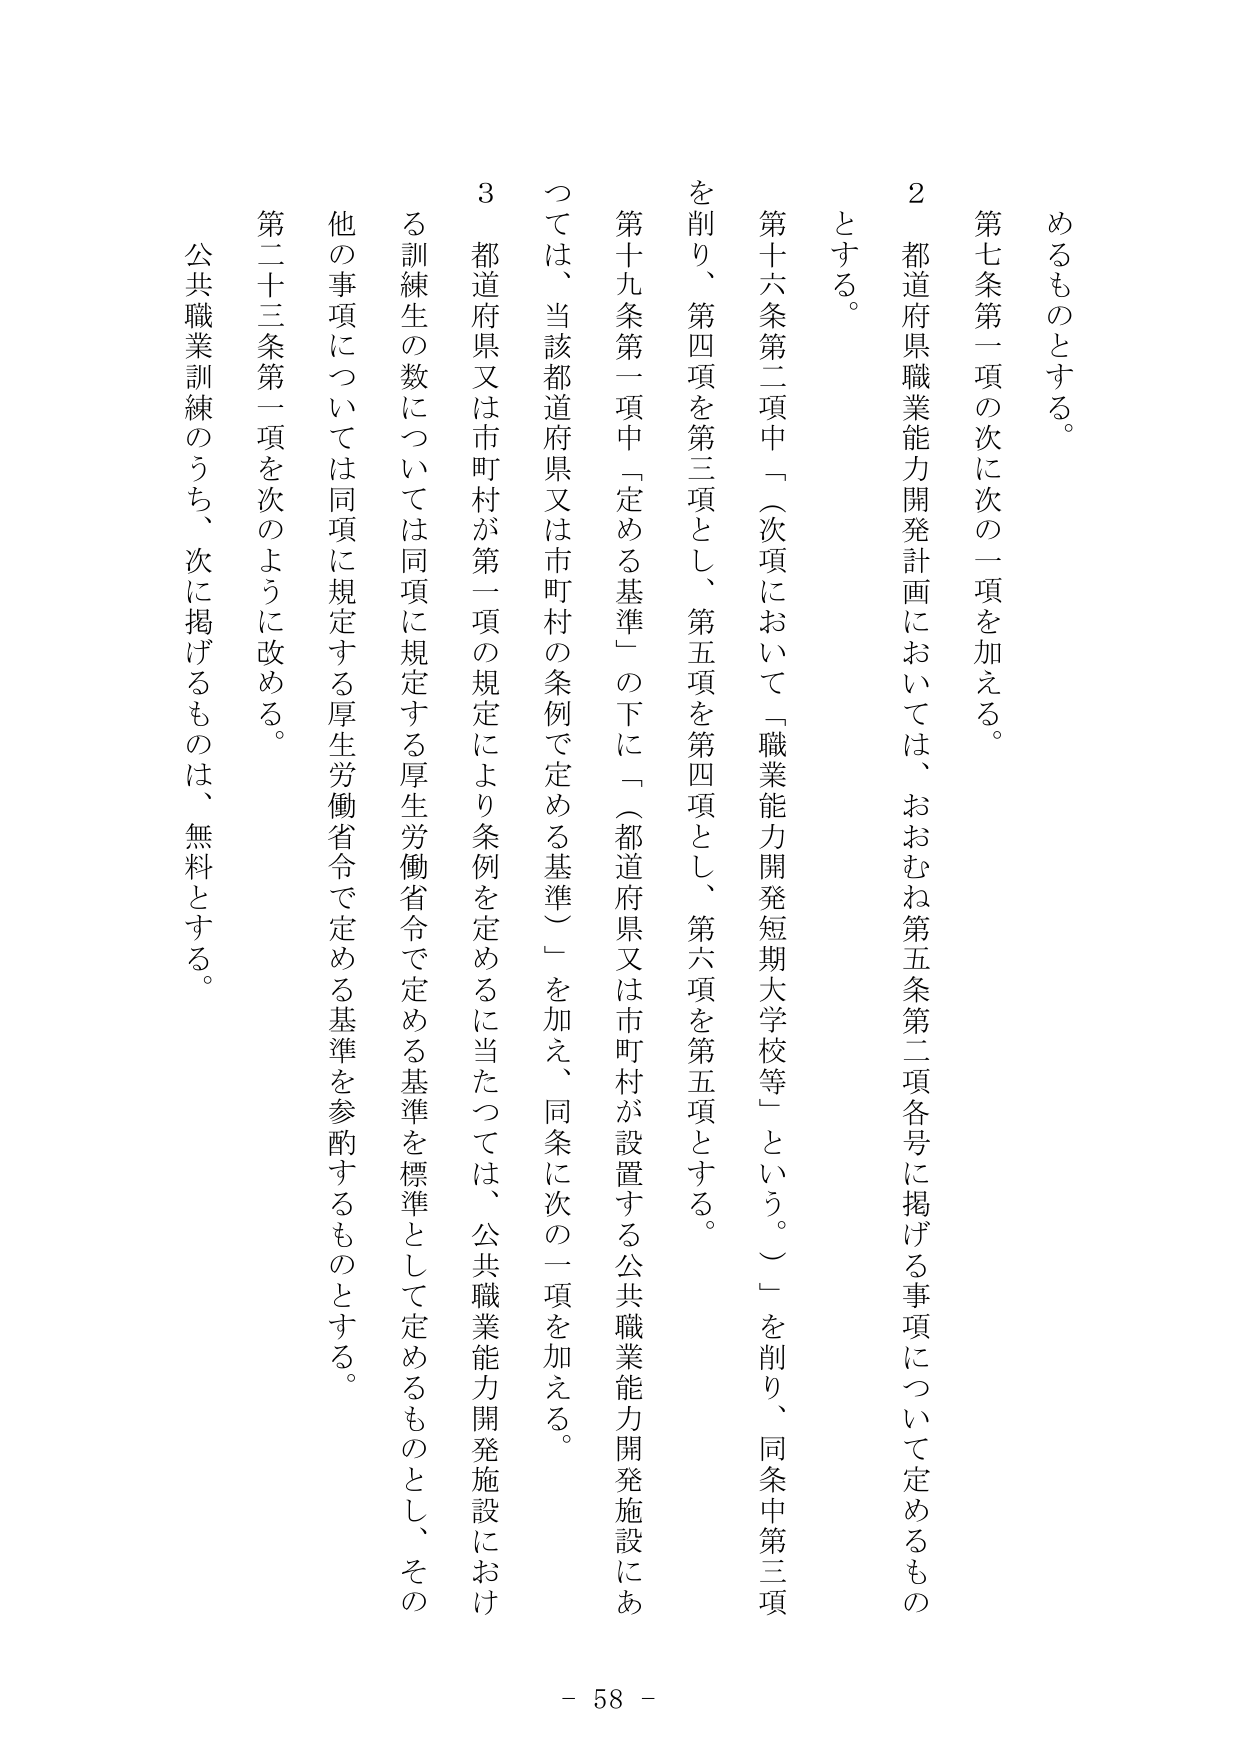
めるものとする。

第七条第一項の次に次の一項を加える。

２ 都道府県職業能力開発計画においては、おおむね第五条第二項各号に掲げる事項について定めるものとする。

第十六条第二項中「（次項において「職業能力開発短期大学校等」という。）」を削り、同条中第三項を削り、第四項を第三項とし、第五項を第四項とし、第六項を第五項とする。

第十九条第一項中「定める基準」の下に「（都道府県又は市町村が設置する公共職業能力開発施設にあっては、当該都道府県又は市町村の条例で定める基準）」を加え、同条に次の一項を加える。

３ 都道府県又は市町村が第一項の規定により条例を定めるに当たっては、公共職業能力開発施設における訓練生の数については同項に規定する厚生労働省令で定める基準を標準として定めるものとし、その他の事項については同項に規定する厚生労働省令で定める基準を参酌するものとする。

第二十三条第一項を次のように改める。

公共職業訓練のうち、次に掲げるものは、無料とする。

- 58 -